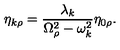
\eta _ { k \rho } = \frac { \lambda _ { k } } { \Omega _ { \rho } ^ { 2 } - \omega _ { k } ^ { 2 } } \eta _ { 0 \rho } .